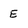
Character: E